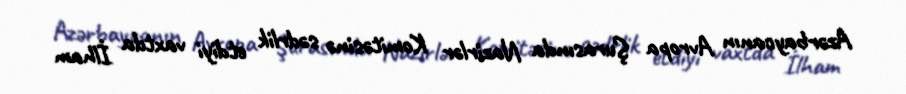
Azərbaycanın Avropa Şurasında Nazirlər Komitəsinə sədrlik etdiyi vaxtda İlham